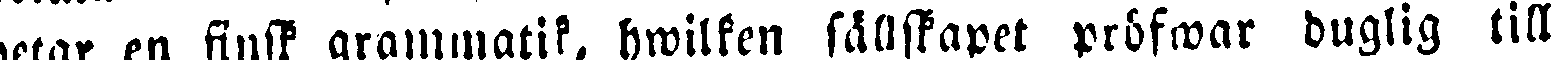
betar en finsk grammatik, hwilken sällskapet pröfwar duglig till